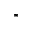
^ *